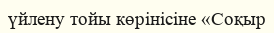
үйлену тойы көрінісіне «Соқыр